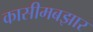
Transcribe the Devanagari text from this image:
कासीमबझार